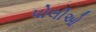
પોલીઓ